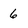
Character: 6